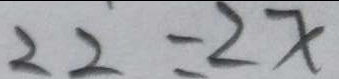
2 2 = 2 x